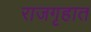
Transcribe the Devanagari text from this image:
राजगृहात